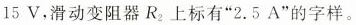
15V，滑动变阻器R_{2}上标有”2.5A”的字样。